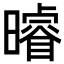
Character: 𭨈